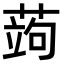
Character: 蒟